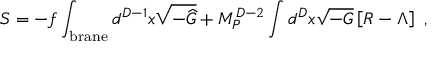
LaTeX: S = - f \int _ { \mathrm { { \small b r a n e } } } d ^ { D - 1 } x \sqrt { - { \widehat G } } + M _ { P } ^ { D - 2 } \int d ^ { D } x \sqrt { - G } \left[ R - \Lambda \right] ~ ,